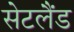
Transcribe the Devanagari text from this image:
सेटलैंड